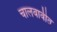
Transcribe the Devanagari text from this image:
चालवावीत